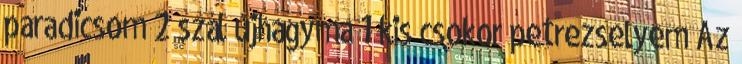
paradicsom 2 szál újhagyma 1 kis csokor petrezselyem Az